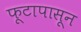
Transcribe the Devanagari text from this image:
फूटापासून